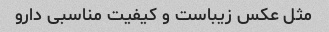
مثل عکس زیباست و کیفیت مناسبی دارو